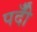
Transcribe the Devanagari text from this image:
पदीँ